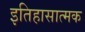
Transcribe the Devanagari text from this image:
इतिहासात्मक